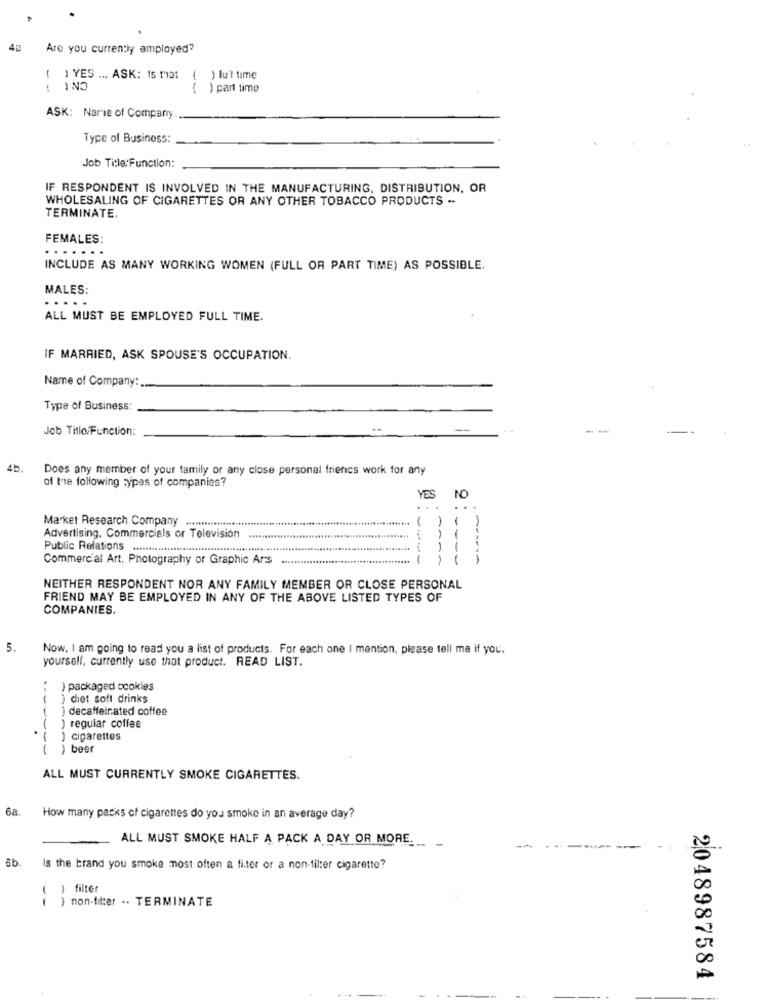
4g
Are you currently employed?
( ) YES ... ASK: 15 1101
( ) lu'l time
{ ) part time
ASK: Narie of Company
Type of Business:
Job Title:Function:
IF RESPONDENT IS INVOLVED IN THE MANUFACTURING, DISTRIBUTION, OR
WHOLESALING OF CIGARETTES OR ANY OTHER TOBACCO PRODUCTS ..
TERMINATE.
FEMALES:
.......
INCLUDE AS MANY WORKING WOMEN (FULL OR PART TIME) AS POSSIBLE.
MALES:
....
ALL MUST BE EMPLOYED FULL TIME.
IF MARRIED, ASK SPOUSE'S OCCUPATION.
Name of Company:
Type of Business:
Job Title/Function:
45.
Does any member of your family or any close personal friencs work for any
of the following types of companies?
YES
. ..
Market Research Company
1
1
Advertising. Commercials or Television
-
Public Relations ..........
---
Commercial Art. Photography or Graphic Arts
1
1
----
NEITHER RESPONDENT NOR ANY FAMILY MEMBER OR CLOSE PERSONAL
FRIEND MAY BE EMPLOYED IN ANY OF THE ABOVE LISTED TYPES OF
COMPANIES.
5
Now, I am going to read you a list of products. For each one I mention, please tell me if you.
yourself, currently use that product. READ LIST.
) packaged ocokies
) chiet soft drinks
) decaffeinated coffee
.
( ) regular coffee
( ) cigarettes
) beer
ALL MUST CURRENTLY SMOKE CIGARETTES.
6a.
How many packs of cigarettes do you smoke in an average day?
ALL MUST SMOKE HALF A PACK A DAY OR MORE.
6b.
Is the brand you smoke most often a fiter or a non-filter cigarette?
1 filter
--
) non-filter .. TERMINATE
2048987584